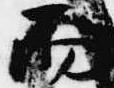
而